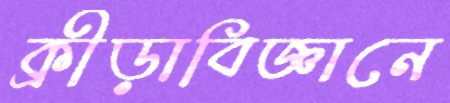
ক্রীড়াবিজ্ঞানে